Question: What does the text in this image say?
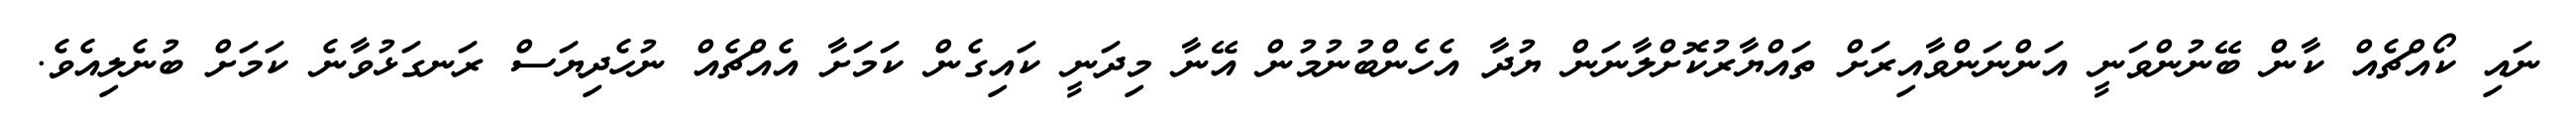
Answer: ނައި ކޯއްޗެއް ކާން ބޭނުންވަނީ އަންނަންވާއިރަށް ތައްޔާރުކޮށްލާނަން ޔުދާ އެހެންބުނުމުން އޭނާ މިދަނީ ކައިގެން ކަމަށާ އެއްޗެއް ނުހެދިޔަސް ރަނގަޅުވާނެ ކަމަށް ބުނެލިއެވެ.